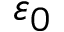
\varepsilon _ { 0 }